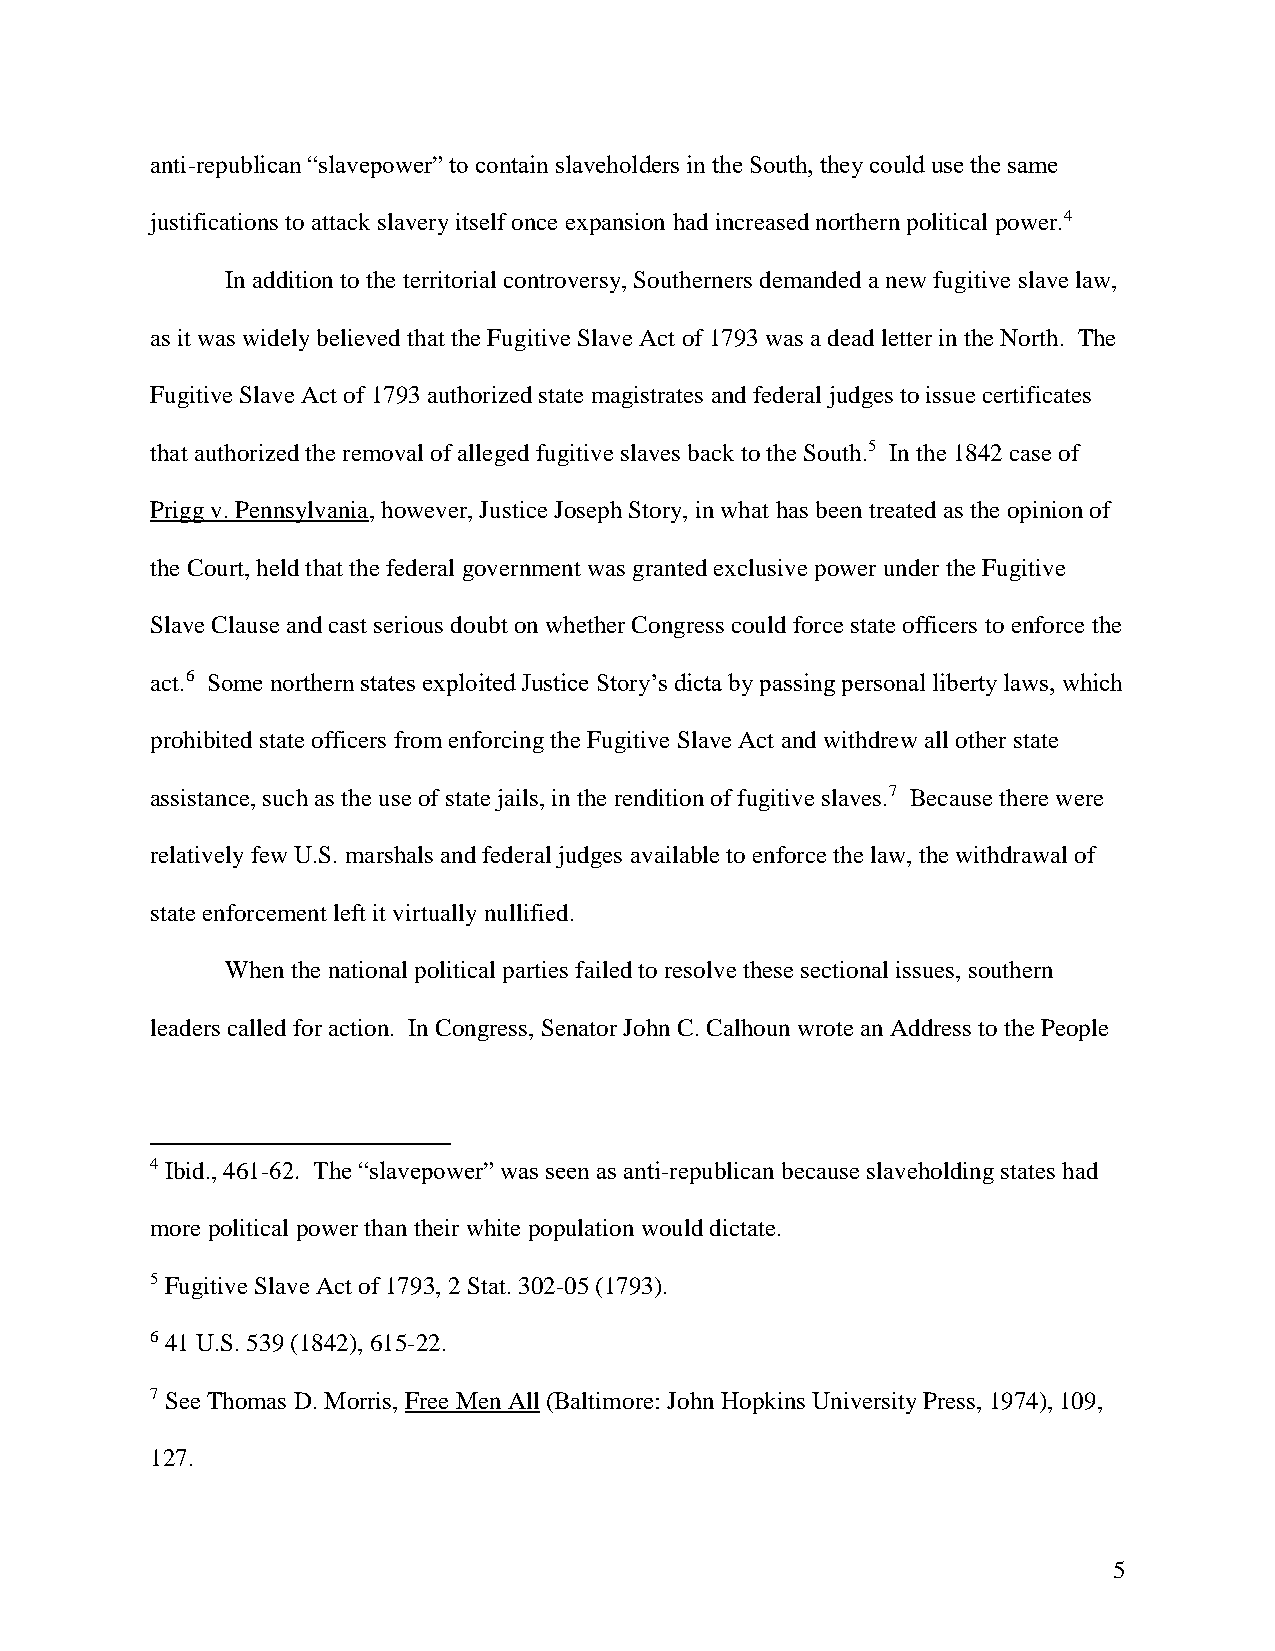
anti-republican “slavepower” to contain slaveholders in the South, they could use the same
 justifications to attack slavery itself once expansion had increased northern political power.4
 In addition to the territorial controversy, Southerners demanded a new fugitive slave law,
 as it was widely believed that the Fugitive Slave Act of 1793 was a dead letter in the North. The
 Fugitive Slave Act of 1793 authorized state magistrates and federal judges to issue certificates
 that authorized the removal of alleged fugitive slaves back to the South.5 In the 1842 case of
 Prigg v. Pennsylvania, however, Justice Joseph Story, in what has been treated as the opinion of
 the Court, held that the federal government was granted exclusive power under the Fugitive
 Slave Clause and cast serious doubt on whether Congress could force state officers to enforce the
 act.6 Some northern states exploited Justice Story’s dicta by passing personal liberty laws, which
 prohibited state officers from enforcing the Fugitive Slave Act and withdrew all other state
 assistance, such as the use of state jails, in the rendition of fugitive slaves.7 Because there were
 relatively few U.S. marshals and federal judges available to enforce the law, the withdrawal of
 state enforcement left it virtually nullified.
 When the national political parties failed to resolve these sectional issues, southern
 leaders called for action. In Congress, Senator John C. Calhoun wrote an Address to the People
 4 Ibid., 461-62. The “slavepower” was seen as anti-republican because slaveholding states had
 more political power than their white population would dictate.
 5 Fugitive Slave Act of 1793, 2 Stat. 302-05 (1793).
 6 41 U.S. 539 (1842), 615-22.
 7 See Thomas D. Morris, Free Men All (Baltimore: John Hopkins University Press, 1974), 109,
 127.
 5